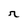
Character: r